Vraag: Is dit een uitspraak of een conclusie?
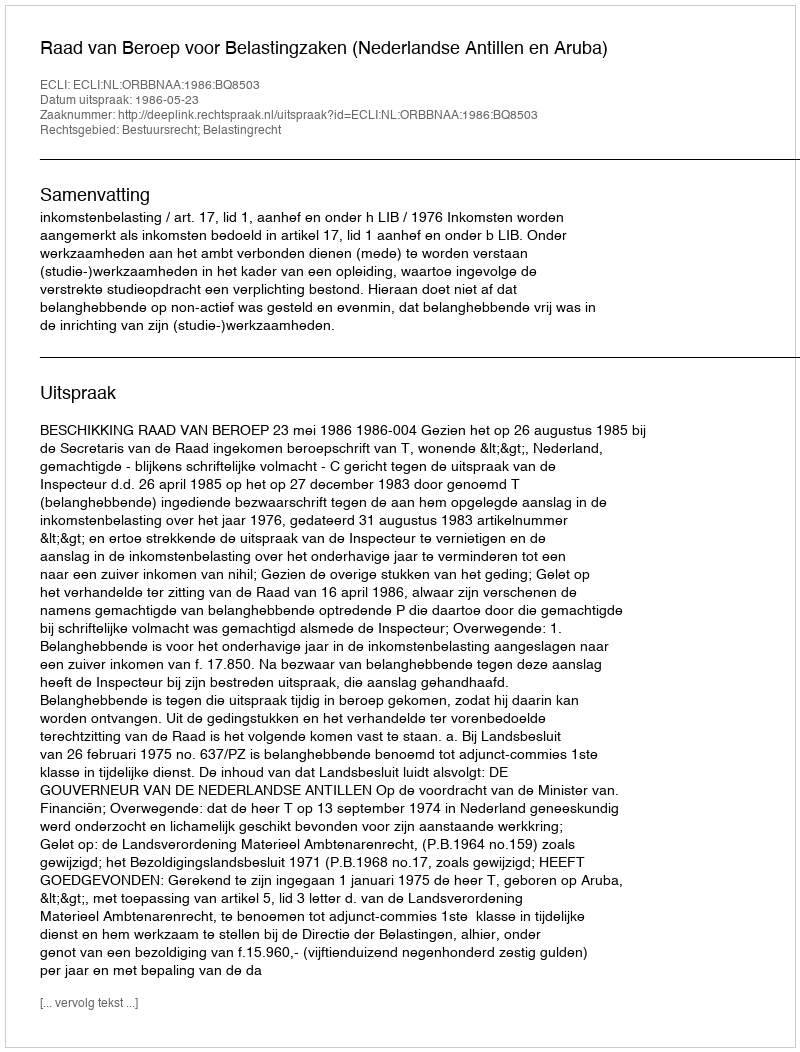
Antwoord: Uitspraak